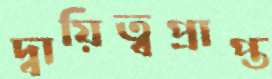
দ্বায়িত্বপ্রাপ্ত